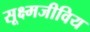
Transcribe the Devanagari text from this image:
सूक्ष्मजीविय